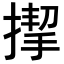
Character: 𢲞